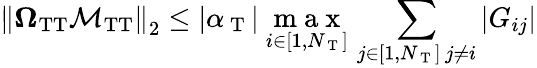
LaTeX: \left\Vert\mathbf{\Omega}_{\mathrm{TT}}\mathbf{\mathcal{M}}_{\mathrm{TT}}\right\Vert_{2}\leq|\alpha_{\mathrm{~T~}}|\ \underset{i\in[1,N_{\mathrm{~T~}}]}{\mathrm{~m~a~x~}}\, \sum_{\substack{j\in[1,N_{\mathrm{~T~}}]\, j\neq i}}|G_{ij}|